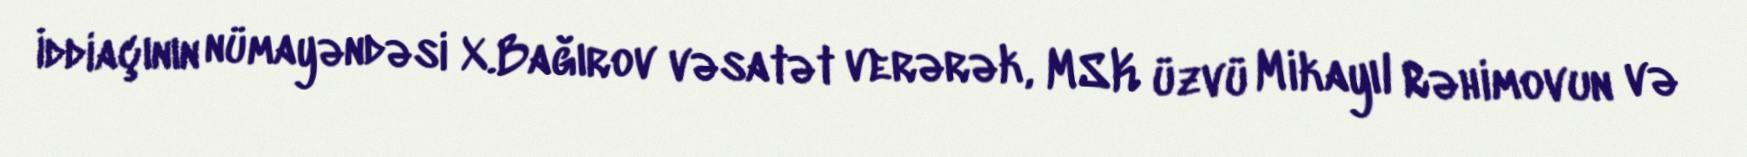
İddiaçının nümayəndəsi X.Bağırov vəsatət verərək, MSK üzvü Mikayıl Rəhimovun və